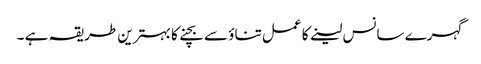
گہرے سانس لینے کا عمل تناؤ سے بچنے کا بہترین طریقہ ہے ۔